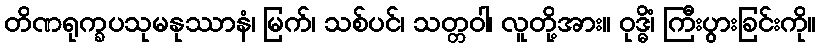
တိဏရုက္ခပသုမနုဿာနံ၊ မြက်၊ သစ်ပင်၊ သတ္တဝါ၊ လူတို့အား။ ဝုဒ္ဓိံ၊ ကြီးပွားခြင်းကို။